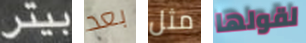
بيتر بعد مثل لقولها